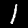
Label: 1